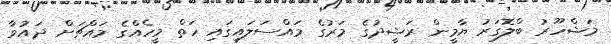
މަޝްހޫރު ބްލޮގަރު ޔާމީން ރަޝީދުގެ މަރުގެ މައްސަލައިގައި ހަތް މީހެއްގެ މައްޗަށް ދައުވާ